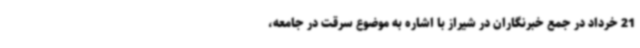
21 خرداد در جمع خبرنگاران در شیراز با اشاره به موضوع سرقت در جامعه،